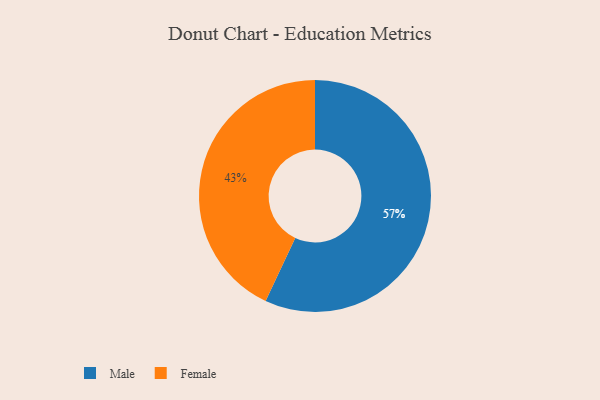
{"axis": {"x": "Category", "y": "Percentage"}, "legend": ["Female", "Male"], "data": [{"x": "Male", "y": 57, "type": "Male"}, {"x": "Female", "y": 43, "type": "Female"}]}